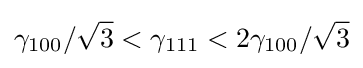
\gamma _{100}/{\sqrt {3}}<\gamma _{111}<2\gamma _{100}/{\sqrt {3}}